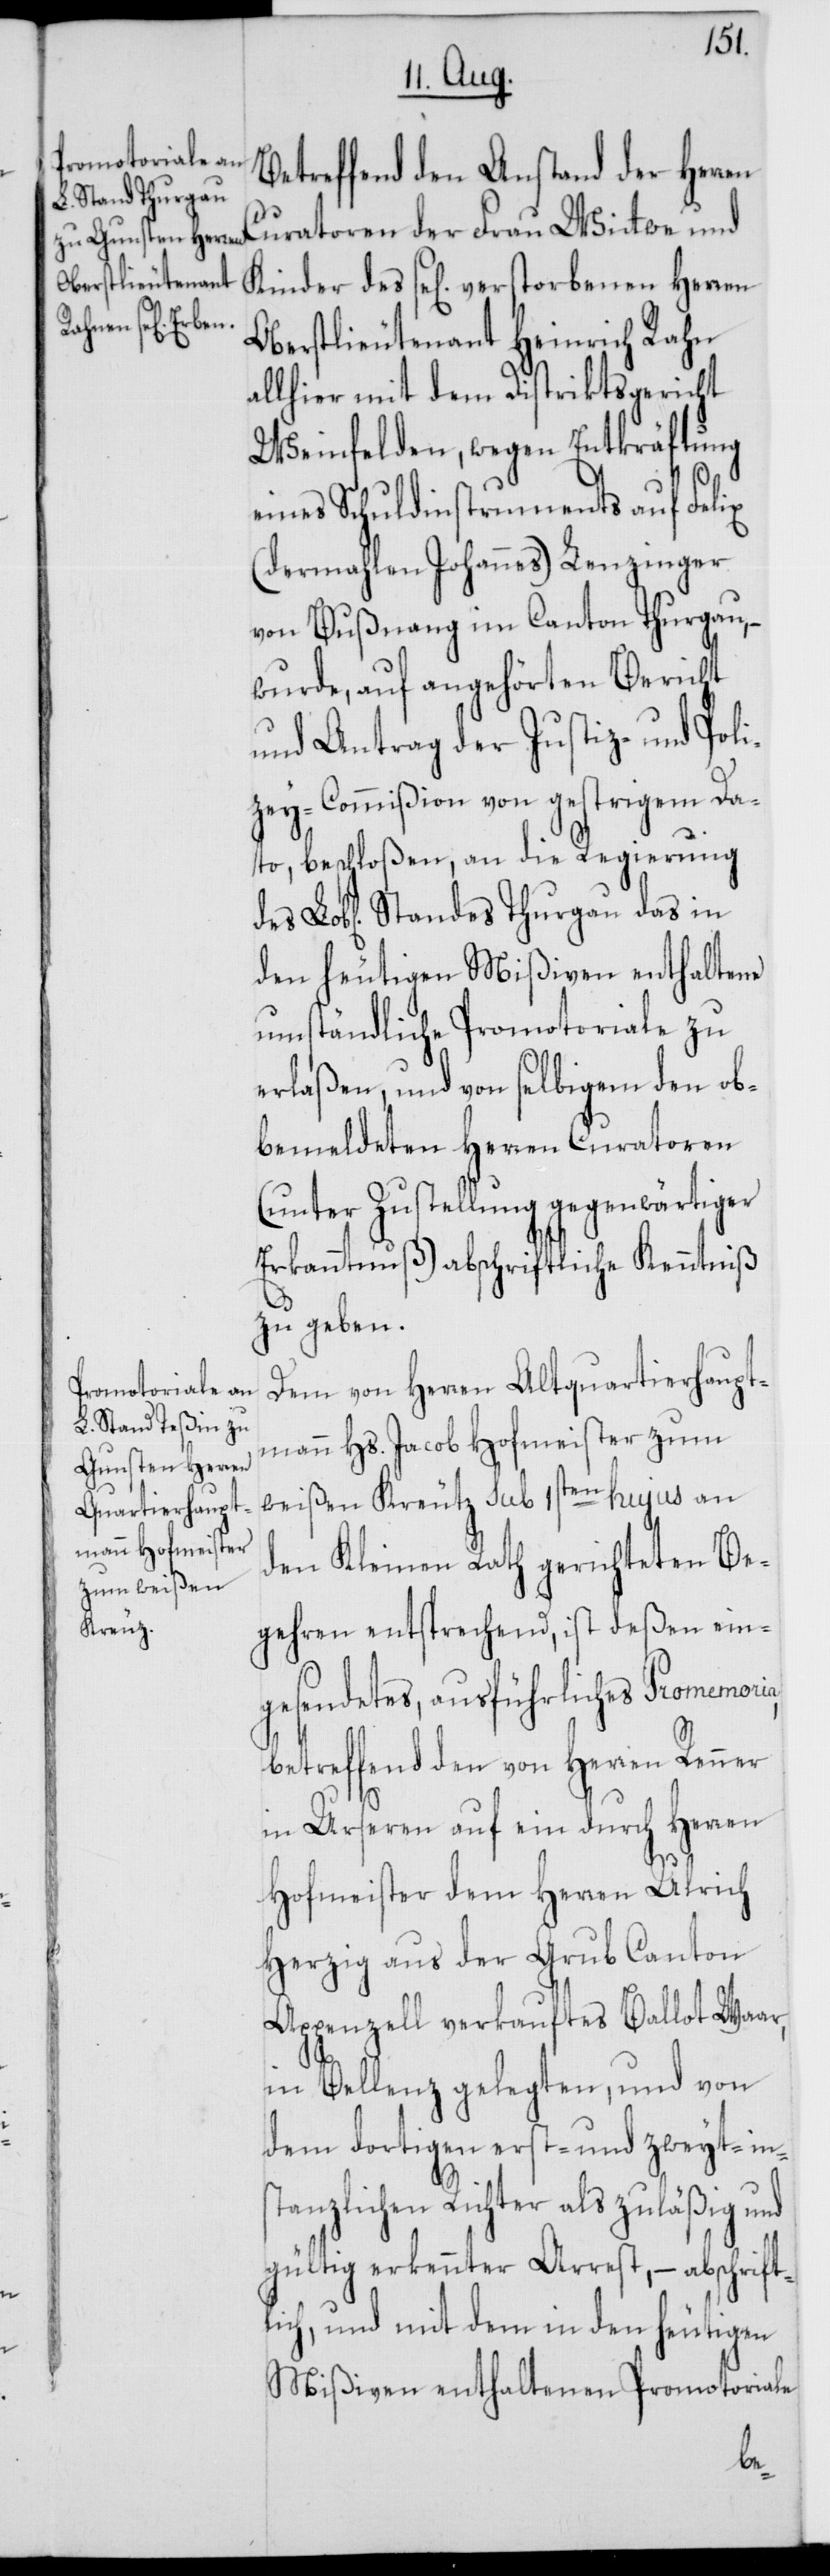
Betreffend den Anstand der Herren
Curatoren der Frau Wittwe und
Kinder des se[lig] verstorbenen Herren
Oberstlieutenant Heinrich Rahn
allhier mit dem Distriktsgericht
Weinfelden, wegen Entkräftung
a,
eines Schuldinstruments auf Felix
(dermahlen Johannes) Lenzinger
von Bußnang im Canton Thurgau,
wurde, auf angehörten Bericht
und Antrag der Justiz- und Poli¬
zey-Commißion von gestrigem Da¬
to, beschloßen, an die Regierung
Standes Thurgau das in
den heutigen Mißiven enthaltene
umständliche Promotoriale zu
erlaßen, und von selbigen den ob¬
bemeldeten Herren Curatoren
(unter Zustellung gegenwärtiger
Erkanntnuß) abschriftliche Kenntniß
zu geben.
Dem von Herren Altquartierhaupt¬
mann Hs. Jacob Hofmeister zum
weißen Kreuz sub 1sten hujus an
den Kleinen Rath gerichteten Be¬
gehren entsprechend, ist deßen ein¬
gesendetes, ausführliches Promemori¬
betreffend den von Herren Renner
in Urseren auf ein durch Herren
Hofmeister dem Herren Ulrich
Herzig aus der Grub Canton
Appenzell verkauftes Ballot Waar,
in Bellenz gelegten, und von
dem dortigen erst- und zweyt-ins¬
tanzlichen Richter als zuläßig und
gültig erkennter Arrest, – abschrift¬
lich, und mit dem in den heutigen
Mißiven enthaltenen Promotoriale